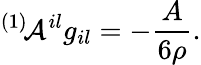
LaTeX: ^{(1)}\! {\cal A}^{il}g_{il}=-\frac{A}{6\rho}.